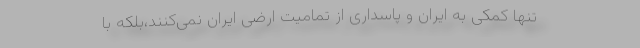
تنها کمکی به ایران و پاسداری از تمامیت ارضی ایران نمی‌کنند،بلکه با